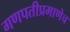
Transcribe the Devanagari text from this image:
गणपतीप्रमाणेच